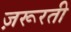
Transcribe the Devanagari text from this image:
ज़रूरती